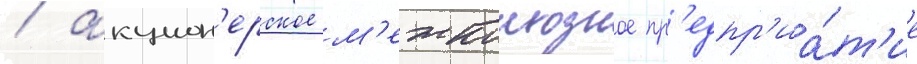
/ акцион'ерское м'ежколхозное пр'едпр'иа́т'ие